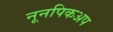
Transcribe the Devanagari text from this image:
नूनपिकअप